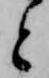
と